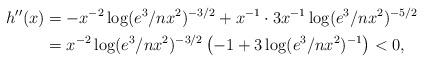
LaTeX: \begin{align*}h''(x)&= -x^{-2} \log(e^3/nx^2)^{-3/2} + x^{-1}\cdot 3x^{-1} \log(e^3/nx^2)^{-5/2} \\&= x^{-2} \log(e^3/nx^2)^{-3/2} \left(-1 + 3 \log(e^3/nx^2)^{-1}\right) < 0,\end{align*}